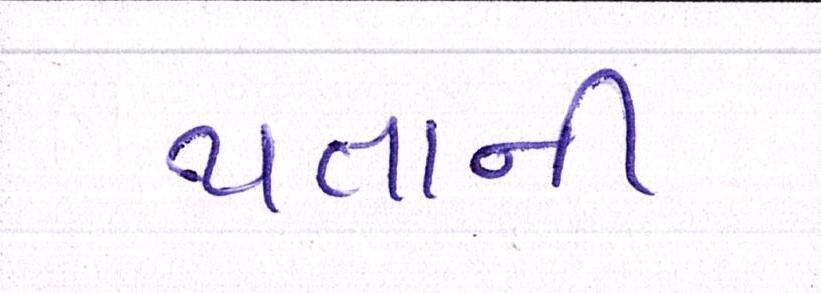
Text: થતાની